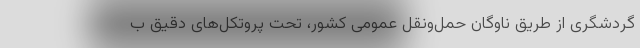
گردشگری از طریق ناوگان حمل‌ونقل عمومی کشور، تحت پروتکل‌های دقیق ب